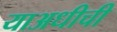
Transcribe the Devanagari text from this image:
याअधीची